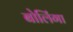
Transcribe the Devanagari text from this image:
बोलिंगा